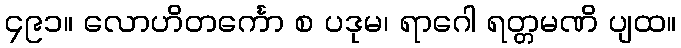
၄၉၁။ လောဟိတင်္ကော စ ပဒုမ၊ ရာဂေါ ရတ္တမဏိ ပျထ။